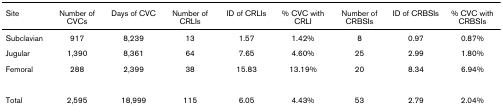
| Site | Number of CVCs | Days of CVC | Number of CRLIs | ID of CRLIs | % CVC with CRLI | Number of CRBSIs | ID of CRBSIs | % CVC with CRBSIs |
 | --- | --- | --- | --- | --- | --- | --- | --- | --- |
 | Subclavian | 917 | 8,239 | 13 | 1.57 | 1.42% | 8 | 0.97 | 0.87% |
 | Jugular | 1,390 | 8,361 | 64 | 7.65 | 4.60% | 25 | 2.99 | 1.80% |
 | Femoral | 288 | 2,399 | 38 | 15.83 | 13.19% | 20 | 8.34 | 6.94% |
 | Total | 2,595 | 18,999 | 115 | 6.05 | 4.43% | 53 | 2.79 | 2.04% |